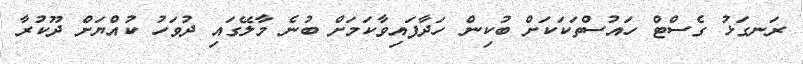
ރަނގަޅު ގެސްޓް ހައުސްތަކަކަށް ބުކިން ހަދާފައިވާކަމަށް ބުނެ މާލޭގައި ދުވަހު ކުއްޔަށް ދޫކުރާ